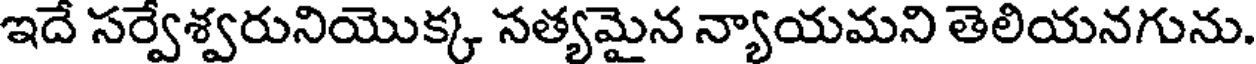
ఇదే సర్వేశ్వరునియొక్క సత్యమైన న్యాయమని తెలియనగును.